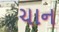
ચાન